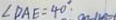
\angle D A E = 4 0 ^ { \circ } .